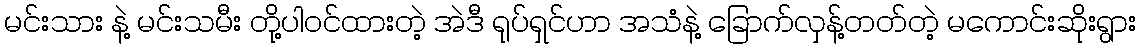
မင်းသား နဲ့ မင်းသမီး တို့ပါဝင်ထားတဲ့ အဲဒီ ရုပ်ရှင်ဟာ အသံနဲ့ ခြောက်လှန့်တတ်တဲ့ မကောင်းဆိုးရွား